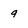
Character: 9